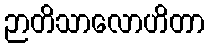
ဉာတိသာလောဟိတာ